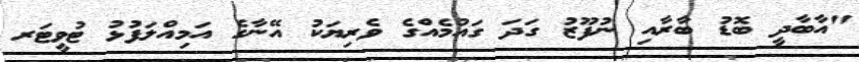
"އާބާދީ ބޮޑު ބާރާއި ނުފޫޒު ގަދަ ގައުމެއްގެ ވެރިޔަކު އޭނާގެ އަމިއްލަފުޅު ޓުވީޓަރ